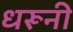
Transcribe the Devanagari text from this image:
धरूनी